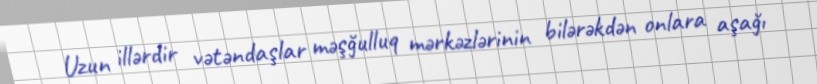
Uzun illərdir vətəndaşlar məşğulluq mərkəzlərinin bilərəkdən onlara aşağı